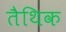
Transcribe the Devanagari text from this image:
तैथिक